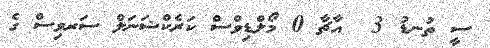
ސީ ތުނޑު 3  އާޗާ 0 މޯލްޑިވްސް ކަރެކްޝަނަލް ސަރވިސް ގެ